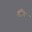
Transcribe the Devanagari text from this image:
डाॅक